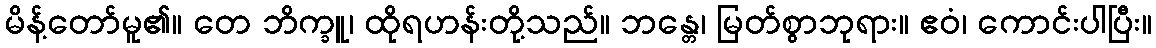
မိန့်တော်မူ၏။ တေ ဘိက္ခူ၊ ထိုရဟန်းတို့သည်။ ဘန္တေ၊ မြတ်စွာဘုရား။ ဧဝံ၊ ကောင်းပါပြီး။